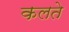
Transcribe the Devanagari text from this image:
कलते